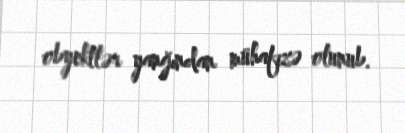
obyektlər yanğından mühafizə olunub.